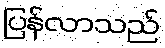
ပြန်လာသည်